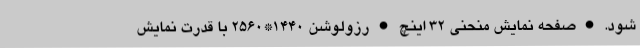
شود. • صفحه نمایش منحنی 32 اینچ • رزولوشن 1440*2560 با قدرت نمایش